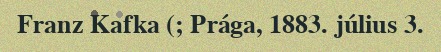
Franz Kafka (; Prága, 1883. július 3.